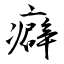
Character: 癖